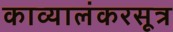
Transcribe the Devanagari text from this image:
काव्यालंकरसूत्र